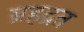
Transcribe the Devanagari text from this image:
ब्रहद्रत